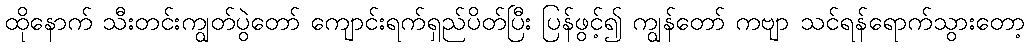
ထိုနောက် သီးတင်းကျွတ်ပွဲတော် ကျောင်းရက်ရှည်ပိတ်ပြီး ပြန်ဖွင့်၍ ကျွန်တော် ကဗျာ သင်ရန်ရောက်သွားတော့